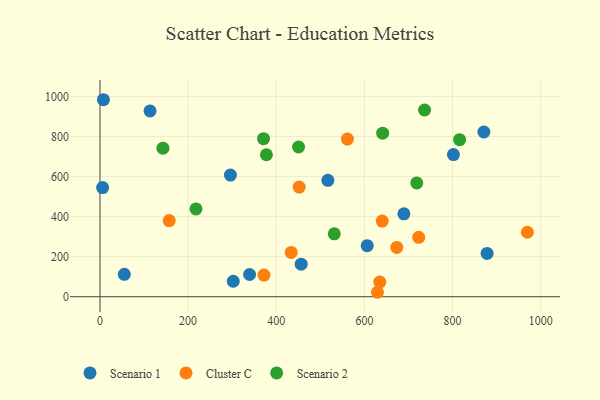
{"axis": {"x": "Price", "y": "Yield"}, "legend": ["Cluster C", "Scenario 1", "Scenario 2"], "data": [{"x": "302.4", "y": 77.3, "type": "Scenario 1"}, {"x": "517.1", "y": 581.3, "type": "Scenario 1"}, {"x": "456.6", "y": 162.4, "type": "Scenario 1"}, {"x": "113.6", "y": 928.0, "type": "Scenario 1"}, {"x": "871.2", "y": 822.6, "type": "Scenario 1"}, {"x": "6.0", "y": 545.3, "type": "Scenario 1"}, {"x": "7.8", "y": 983.8, "type": "Scenario 1"}, {"x": "55.2", "y": 111.6, "type": "Scenario 1"}, {"x": "339.5", "y": 110.9, "type": "Scenario 1"}, {"x": "802.1", "y": 709.7, "type": "Scenario 1"}, {"x": "606.4", "y": 254.8, "type": "Scenario 1"}, {"x": "689.7", "y": 414.0, "type": "Scenario 1"}, {"x": "296.0", "y": 607.7, "type": "Scenario 1"}, {"x": "878.5", "y": 216.2, "type": "Scenario 1"}, {"x": "629.7", "y": 22.2, "type": "Cluster C"}, {"x": "157.1", "y": 380.3, "type": "Cluster C"}, {"x": "969.9", "y": 321.9, "type": "Cluster C"}, {"x": "673.5", "y": 246.2, "type": "Cluster C"}, {"x": "640.4", "y": 377.9, "type": "Cluster C"}, {"x": "723.3", "y": 296.4, "type": "Cluster C"}, {"x": "434.0", "y": 221.1, "type": "Cluster C"}, {"x": "634.9", "y": 73.1, "type": "Cluster C"}, {"x": "452.1", "y": 547.4, "type": "Cluster C"}, {"x": "561.5", "y": 787.2, "type": "Cluster C"}, {"x": "372.1", "y": 108.0, "type": "Cluster C"}, {"x": "531.7", "y": 313.9, "type": "Scenario 2"}, {"x": "641.5", "y": 816.7, "type": "Scenario 2"}, {"x": "217.8", "y": 438.4, "type": "Scenario 2"}, {"x": "371.1", "y": 789.2, "type": "Scenario 2"}, {"x": "718.9", "y": 568.5, "type": "Scenario 2"}, {"x": "450.6", "y": 747.7, "type": "Scenario 2"}, {"x": "377.7", "y": 709.1, "type": "Scenario 2"}, {"x": "142.9", "y": 741.8, "type": "Scenario 2"}, {"x": "736.6", "y": 932.6, "type": "Scenario 2"}, {"x": "816.1", "y": 784.5, "type": "Scenario 2"}]}